Vaccination in Bombay 1869-1873 - 1869-1873
Year: 1869
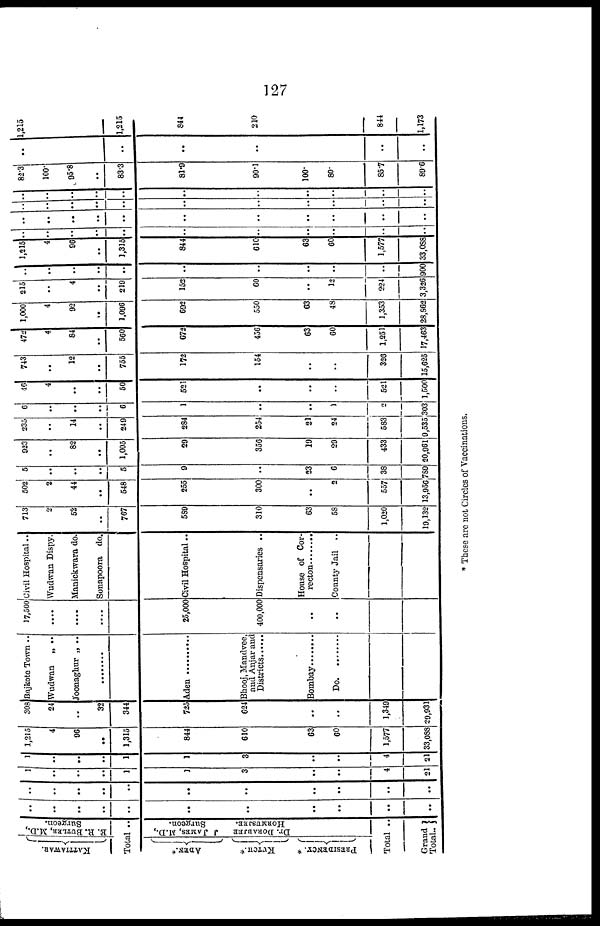
127
KATTIAWAR.
E. R. BUTLER, M.D.,
Surgeon.
Total ..
ADEN.*
KUTCH.*
PRESIDENCY. *
J JAMES, M.D.,
Surgeon.
Dr. DORABJEE
HORMUSJEE.
Total ..
Grand
Total..
..
..
..
..
..
..
..
..
..
..
..
..
..
..
..
..
..
..
..
..
..
..
1
..
..
..
1
1
3
..
..
4
21
1
..
..
..
1
1
3
..
..
4
21
1,215
4
96
..
1,315
844
610
63
60
1,577
33,088
308
24
..
32
344
725
624
..
..
1,340
29,931
Bajkote Town ..
Wudwan
„ ..
Joonaghur „ ..
........
Aden ..........
Bhooj, Mandvee,
and Anjar and
Districts ......
Bombay .........
Do. .........
17,500
....
....
....
25,000
400,000
..
..
Civil Hospital..
Wudwan Dispy.
Manickwara do.
Sonapoora do.
Civil Hospital..
Dispensaries ..
House of Cor-
recton ..........
County Jail ..
713
2
52
..
767
589
310
63
58
1,020
19,132
502
2
44
..
548
255
300
..
2
557
13,956
5
..
..
..
5
9
..
23
6
38
780
923
..
82
..
1,005
29
356
19
29
433
20,961
235
..
14
..
249
284
254
21
24
583
9,535
6
..
..
..
6
1
..
..
1
2
303
46
4
..
..
50
521
..
..
..
521
1,500
743
..
12
..
755
172
154
..
..
326
15,625
472
4
84
..
560
672
456
63
60
1,251
17,463
1,000
4
92
..
1,096
692
550
63
48
1,353
28,862
215
..
4
..
219
152
60
..
12
224
3,326
..
..
..
..
..
..
..
..
..
..
900
1,215
4
96
..
1,315
844
610
63
60
1,577
33,088
..
..
..
..
..
..
..
..
..
..
..
..
..
..
..
..
..
..
..
..
..
..
..
..
..
..
..
..
..
..
..
..
..
..
..
..
..
..
..
..
..
..
..
..
82.3
100.
95.8
..
83.3
81.9
90.1
100.
80.
85.7
89.6
..
..
..
..
..
..
1,215
1,215
844
210
844
1,173
* These are not Circles of Vaccinations.